Annual report on the working of the lock hospitals in the Central Provinces
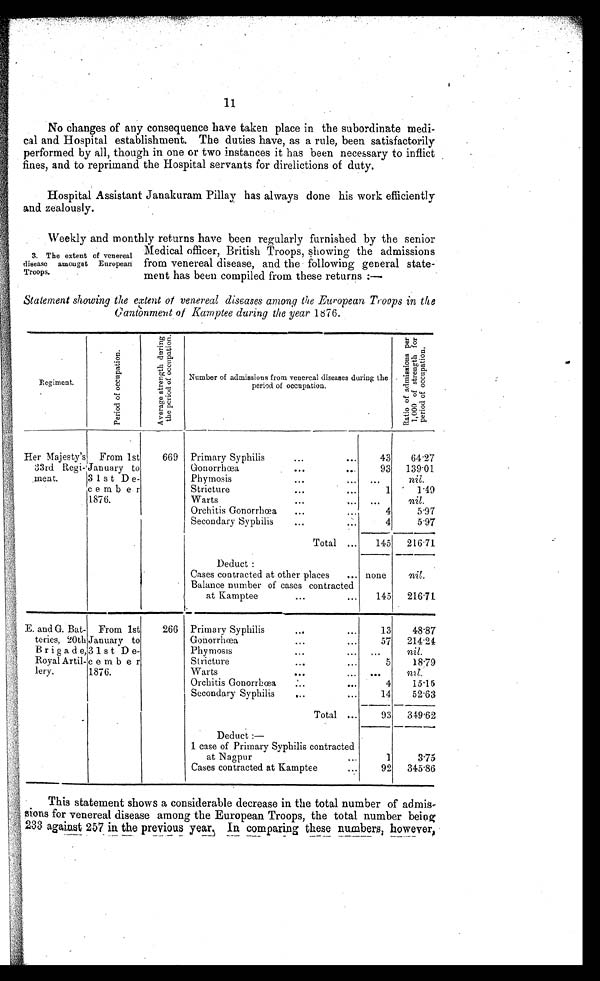
11
No changes of any consequence have taken place in the subordinate medi-
cal and Hospital establishment. The duties have, as a rule, been satisfactorily
performed by all, though in one or two instances it has been necessary to inflict
fines, and to reprimand the Hospital servants for direlictions of duty.
Hospital Assistant Janakuram Pillay has always done his work efficiently
and zealously.
Weekly and monthly returns have been regularly furnished by the senior
Medical officer, British Troops, showing the admissions
from venereal disease, and the following general state
ment has been compiled from these returns :—
Statement showing the extent of venereal diseases among the European Troops in the
Cantonment of Kamptee during the year 1876.
R e g i m e n t .
P e r i o d o f o c c u p a t i o n .
A v e r a g e s t r e n g t h d u r i n g
t h e p e r i o d o f o c c u p a t i o n .
Number of admissions from venereal diseases during the
period, of occupation
.
R a t i o o f a d m i s s i o n s p e r
1 , 0 0 0 o f s t r e n g t h f o r
p e r i o d o f o c c u p a t i o n
Her Majesty's
33rd Regi-
ment.
From 1st
January to
3 1 s t De-
c e m b er
1876.
669 Primary Syphilis
. . .
. . .
43
64.27
Gonorrhœa,
...
. . .
93 139.01
Phymosis
...
. . .
. . .
n i l .
Stricture
...
.
1
1.49
Warts
. . .
nil.
Orchitis Gonorrhœa
. . .
4
5.97
Secondary Syphilis
...
. . .
4
5.97
Total
. . . 145 216.71
Deduct :
Cases contracted at other places
. . . none
n i l .
Balance number of cases contracted
at Kamptee
... ...
145 216.71
E. and G. Bat-
teries, 20th
Brigade,
Royal Artil-
lery.
From 1st
January to
31st De-
e m b e r
1876.
266 Primary Syphilis
...
. . .
13
48. 87
Gonorrhœa
...
. . .
5 7
24 14.2
4
Phymosis
...
. . .
. . .
n i l .
Stricture
...
. . .
5
18.79
Warts
. . .
n i l
.
Orchitis Gonorrhœa
...
. . .
4
15.15
Secondary Syphilis
...
. . .
14
52.63
Total
. . .
93 349.62
Deduct :—
1 case of Primary Syphilis contracted
at Nagpur
. .
1
3.75
Cases contracted at Kamptee
. . .
92 345.86
This statement shows a considerable decrease in the total number of admis-
sions for venereal disease among the European Troops, the total number being
233 against 257 in the previous year. In comparing these numbers, however.
3 . T h e e x t e n t o f v e n e r e a l
disease amongst European
Troops
.